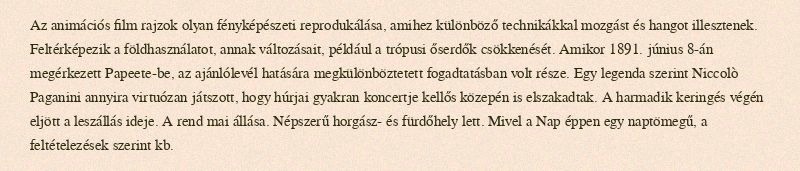
Az animációs film rajzok olyan fényképészeti reprodukálása, amihez különböző technikákkal mozgást és hangot illesztenek. Feltérképezik a földhasználatot, annak változásait, például a trópusi őserdők csökkenését. Amikor 1891. június 8-án megérkezett Papeete-be, az ajánlólevél hatására megkülönböztetett fogadtatásban volt része. Egy legenda szerint Niccolò Paganini annyira virtuózan játszott, hogy húrjai gyakran koncertje kellős közepén is elszakadtak. A harmadik keringés végén eljött a leszállás ideje. A rend mai állása. Népszerű horgász- és fürdőhely lett. Mivel a Nap éppen egy naptömegű, a feltételezések szerint kb.